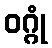
ဝဂ္ဂုံ